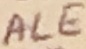
Text: ALE